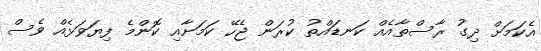
އެކަމަށް ދިގު ރާސްތާއެއް ކަނޑައްތު ކުރަން ޖެހޭ ކަމަށާއި ކޮންމެ ފިޔަވަޅެއް ވެސް